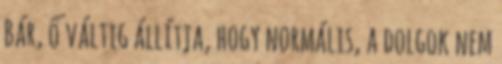
Bár, ő váltig állítja, hogy normális, a dolgok nem